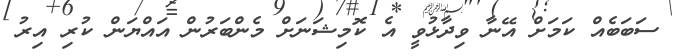
ސަބަބެއް ކަމަށް އޭނާ ވިދާޅުވީ އެ ކޮމިޝަނަށް މެންބަރުން އައްޔަން ކުރި އިރު